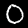
Label: 0